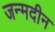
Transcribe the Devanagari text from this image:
जन्मदीन